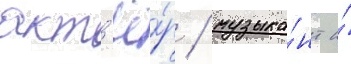
акт'ё́р / музыка́нт и́